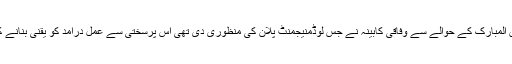
وزیراعظم کوبتایا گیا کہ ماہ رمضان المبارک کے حوالے سے وفاقی کابینہ نے جس لوڈمنیجمنٹ پلان کی منظوری دی تھی اس پرسختی سے عمل درآمد کو یقنی بنانے کیلئے تمام اقدامات کئے جارہے ہیں۔